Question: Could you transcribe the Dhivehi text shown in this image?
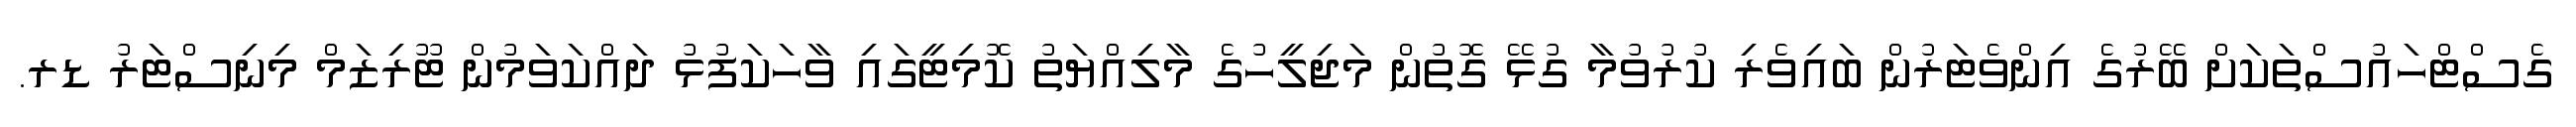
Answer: ގެސްޓްހައުސްތަކަށް ބޭރުގެ އިންވެޓަރުން ބައިވެރި ކުރުވުމާ ގުޅޭ ގޮތުން މަޖިލީހުގެ މާލިއްޔަތު ކޮމިޓީގައި ވާހަކަފުޅު ދައްކަވަމުން ޓޫރިޒަމް މިނިސްޓަރު ޑރ.